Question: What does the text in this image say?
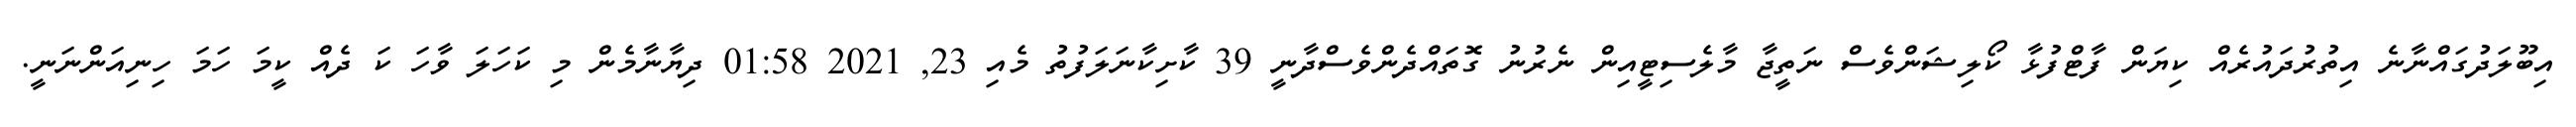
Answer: އިބޫލަދުގައްނާނެ އިތުރުދައުރެއް ކިޔަން ފާޓްފުޅާ ކޯލިޝަންވެސް ނަތީޖާ މާލެސިޓީއިން ނެރުނު ގޮތައްދެންވެސްދާނީ 39 ކާށިކާނަލަފުތު މެއި 23, 2021 01:58 ދިޔާނާމެން މި ކަހަލަ ވާހަ ކަ ދެއް ކީމަ ހަމަ ހިނިއަންނަނީ.